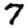
Digit: 7